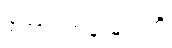
တောင်တန်းများကို